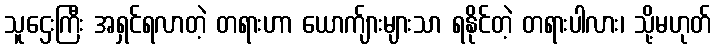
သူဌေးကြီး အရှင်ရလာတဲ့ တရားဟာ ယောက်ျားများသာ ရနိုင်တဲ့ တရားပါလား၊ သို့မဟုတ်